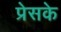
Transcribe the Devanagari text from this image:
प्रेसके